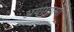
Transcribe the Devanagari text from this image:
अयामात्मा